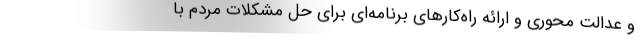
و عدالت محوری و ارائه راه‌کارهای برنامه‌ای برای حل مشکلات مردم با